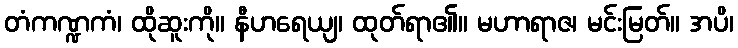
တံကဏ္ဍကံ၊ ထိုဆူးကို။ နီဟရေယျ၊ ထုတ်ရာ၏။ မဟာရာဇ၊ မင်းမြတ်။ အပိ၊